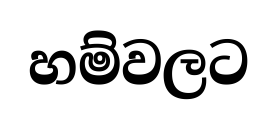
හම්වලට